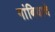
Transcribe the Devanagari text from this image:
गांबियाचे